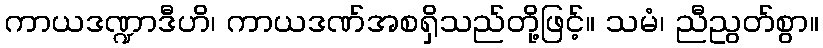
ကာယဒဏ္ဍာဒီဟိ၊ ကာယဒဏ်အစရှိသည်တို့ဖြင့်။ သမံ၊ ညီညွတ်စွာ။